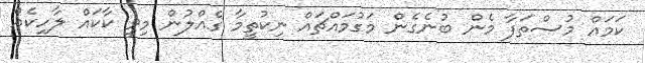
ކަމައް މުސްތަފާ މެން ބުނެގެން މަގުމައްޗައް ނިކުތީމާ ގެއްލުން މިވީ ކާކައް ލާހިކެއް